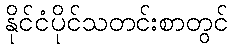
နိုင်ငံပိုင်သတင်းစာတွင်